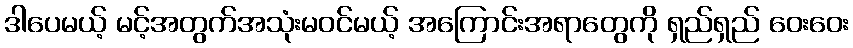
ဒါပေမယ့် မင့်အတွက်အသုံးမဝင်မယ့် အကြောင်းအရာတွေကို ရှည်ရှည် ဝေးဝေး